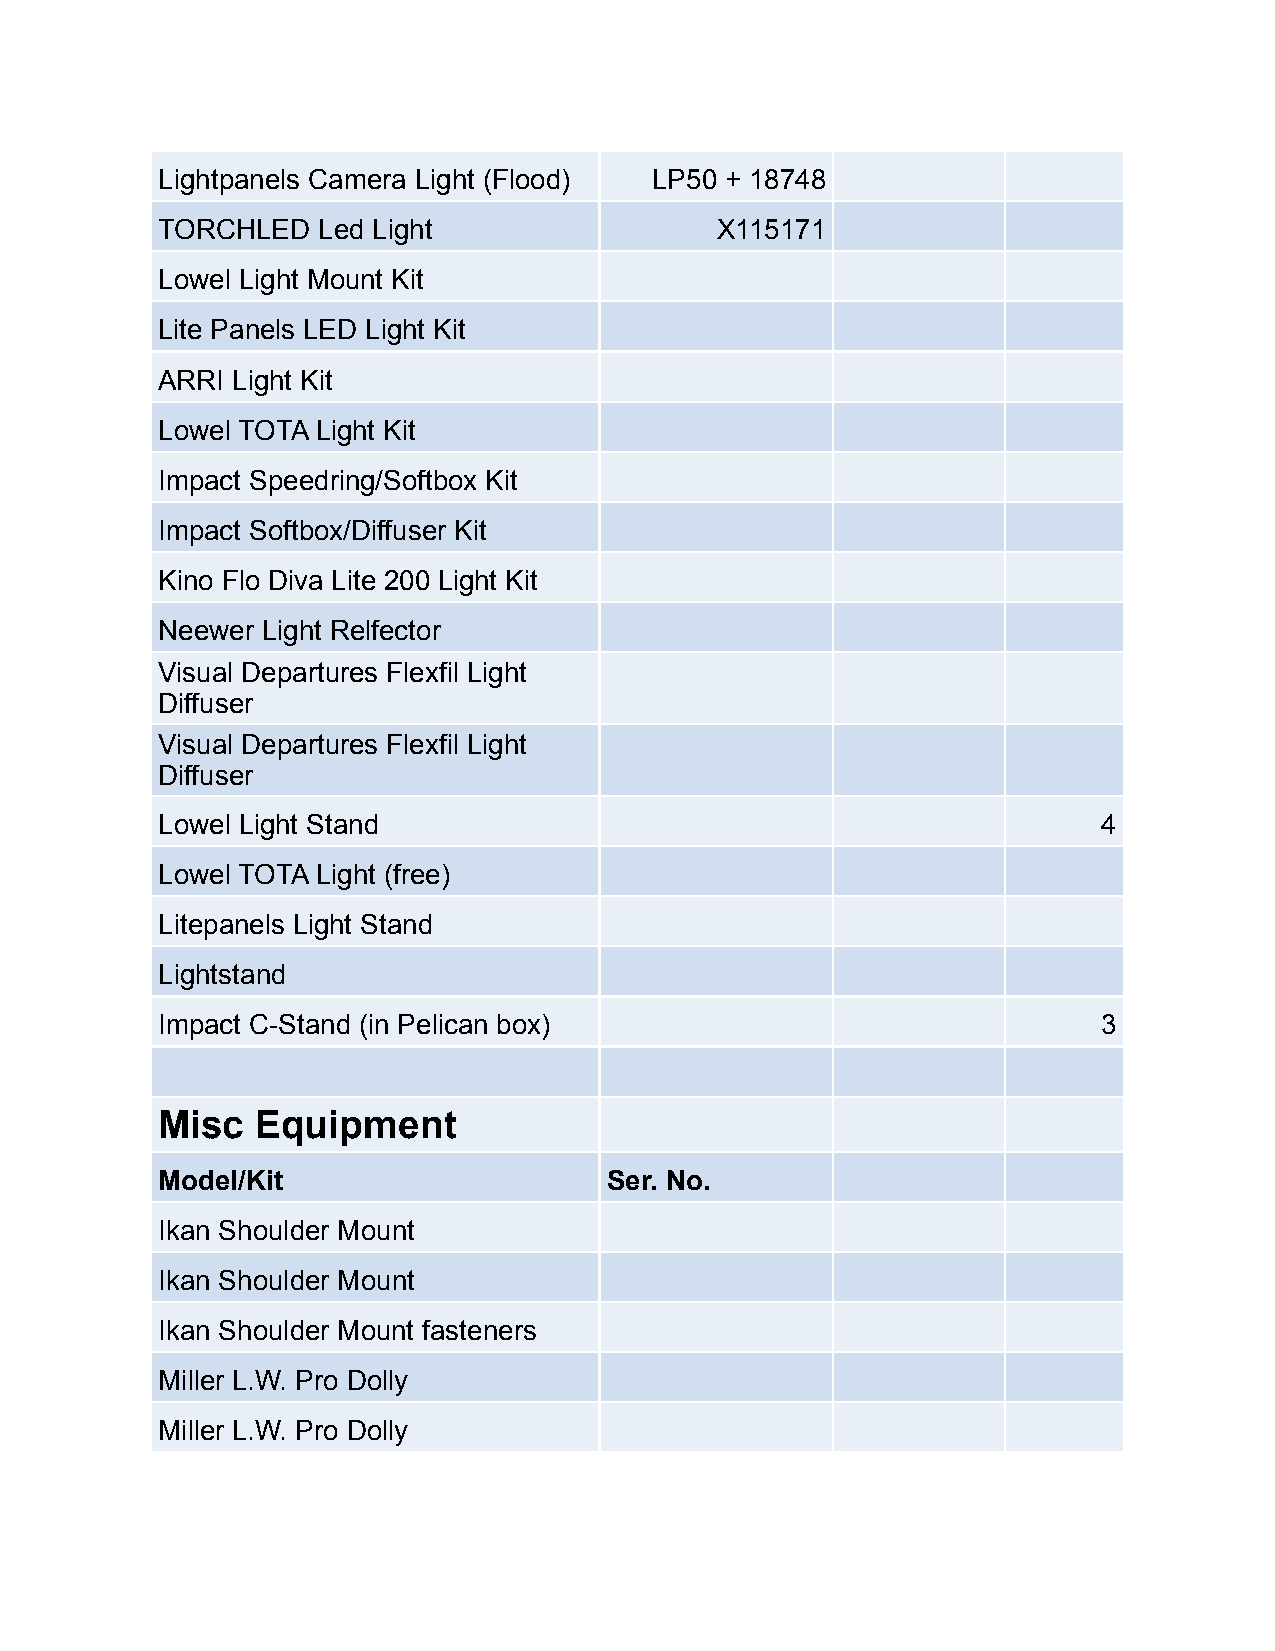
Lightpanels Camera Light (Flood) LP50 + 18748
 TORCHLED   Led Light                 X115171
 Lowel Light Mount Kit
 Lite Panels LED Light Kit
 ARRI Light Kit
 Lowel TOTA Light Kit
 Impact Speedring/Softbox Kit
 Impact Softbox/Diffuser Kit
 Kino Flo Diva Lite 200 Light Kit
 Neewer Light Relfector
 Visual Departures Flexfil Light
 Diffuser
 Visual Departures Flexfil Light
 Diffuser
 Lowel Light Stand                                              4
 Lowel TOTA Light (free)
 Litepanels Light Stand
 Lightstand
 Impact C-Stand (in Pelican box)                                3
 Misc   Equipment
 Model/Kit                     Ser. No.
 Ikan Shoulder Mount
 Ikan Shoulder Mount
 Ikan Shoulder Mount fasteners
 Miller L.W. Pro Dolly
 Miller L.W. Pro Dolly